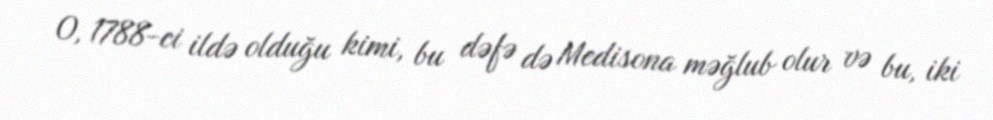
O, 1788-ci ildə olduğu kimi, bu dəfə də Medisona məğlub olur və bu, iki